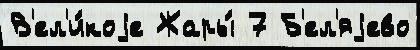
В'ел'и́коjе Жары́ 7 Б'ел'яjево